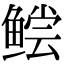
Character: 鲿